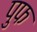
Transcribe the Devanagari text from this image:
पुफ